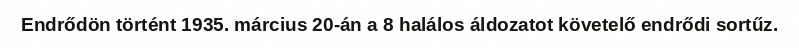
Endrődön történt 1935. március 20-án a 8 halálos áldozatot követelő endrődi sortűz.